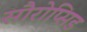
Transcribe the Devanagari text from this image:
सौरोप्सिड